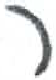
אות: ר